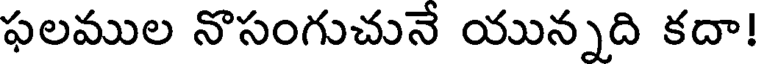
ఫలముల నొసంగుచునే యున్నది కదా!